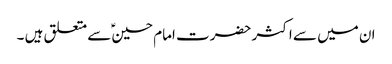
ان میں سے اکثر حضرت امام حسین ؑسے متعلق ہیں ۔